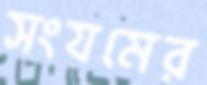
সংযমের